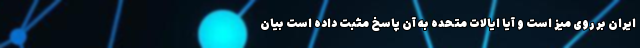
ایران بر روی میز است و آیا ایالات متحده به آن پاسخ مثبت داده است بیان